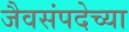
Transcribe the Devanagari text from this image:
जैवसंपदेच्या